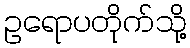
ဥရောပတိုက်သို့